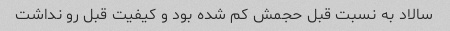
سالاد به نسبت قبل حجمش کم شده بود و کیفیت قبل رو نداشت